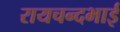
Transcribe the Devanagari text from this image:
रायचन्दभाई